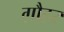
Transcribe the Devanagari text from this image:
ग़ौहर